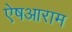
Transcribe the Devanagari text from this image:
ऐषआराम